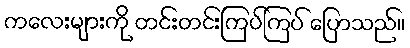
ကလေးများကို တင်းတင်းကြပ်ကြပ် ပြောသည်။